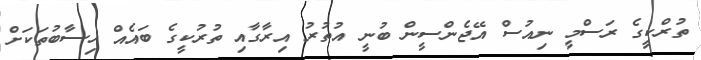
ތުރްކީގެ ރަސްމީ ނިއުސް އޭޖެންސީން ބުނީ އުތުރު އިރާގާއި ތުރުކީގެ ބައެއް ހިސާބުތަކަށް